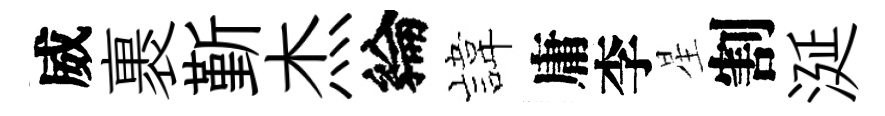
威裹斳杰綸旗庸李星割涎